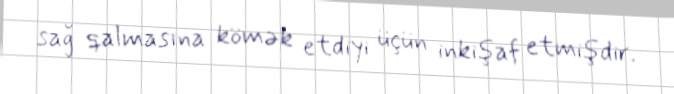
sağ qalmasına kömək etdiyi üçün inkişaf etmişdir.